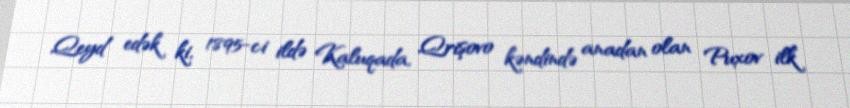
Qeyd edək ki, 1895-ci ildə Kaluqada, Qrişovo kəndində anadan olan Puxov ilk